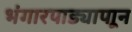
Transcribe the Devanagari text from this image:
भंगारपाड्यापाून